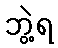
ဘွဲ့ရ